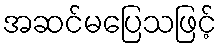
အဆင်မပြေသဖြင့်